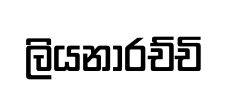
ලියනාරච්චි